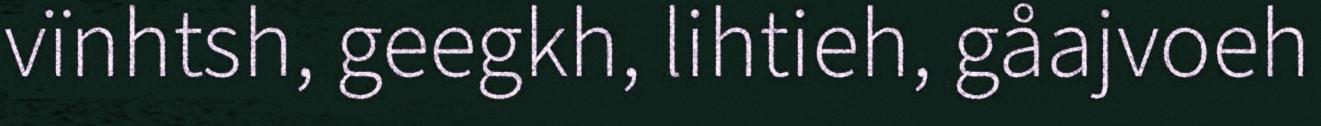
vïnhtsh, geegkh, lihtieh, gåajvoeh